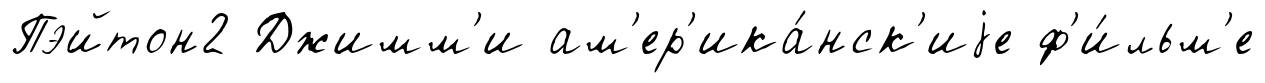
Пэйтон2 Джимм'и ам'ер'ика́нск'иjе ф'и́льм'е